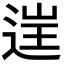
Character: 𨓏